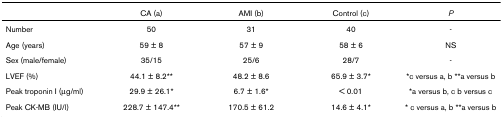
|  | CA (a) | AMI (b) | Control (c) | P |
 | --- | --- | --- | --- | --- |
 | Number | 50 | 31 | 40 | - |
 | Age (years) | 59 ± 8 | 57 ± 9 | 58 ± 6 | NS |
 | Sex (male/female) | 35/15 | 25/6 | 28/7 | - |
 | LVEF (%) | 44.1 ± 8.2** | 48.2 ± 8.6 | 65.9 ± 3.7* | *c versus a, b **a versus b |
 | Peak troponin I (μg/ml) | 29.9 ± 26.1* | 6.7 ± 1.6* | < 0.01 | *a versus b, c b versus c |
 | Peak CK-MB (IU/l) | 228.7 ± 147.4** | 170.5 ± 61.2 | 14.6 ± 4.1* | * c versus a, b **a versus b |